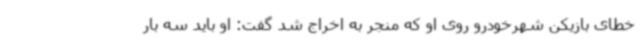
خطای بازیکن شهرخودرو روی او که منجر به اخراج شد گفت: او باید سه بار